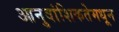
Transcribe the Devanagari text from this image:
आनुवांशिकतेमधून